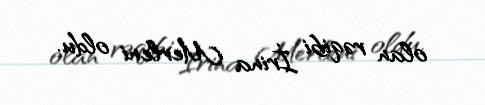
olan rəqibi İrina Merleni oldu.